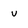
Character: v